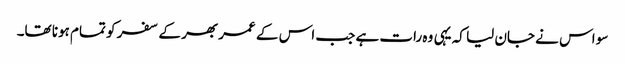
سو اس نے جان لیا کہ یہی وہ رات ہے جب اس کے عمر بھر کے سفر کو تمام ہونا تھا۔